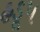
હડૂપ